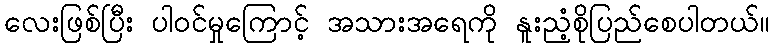
လေးဖြစ်ပြီး ပါဝင်မှုကြောင့် အသားအရေကို နူးညံ့စိုပြည်စေပါတယ်။